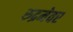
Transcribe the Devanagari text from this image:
रुद्रमेवर